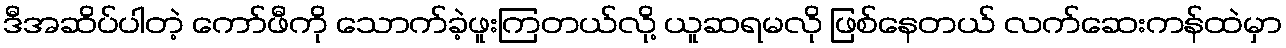
ဒီအဆိပ်ပါတဲ့ ကော်ဖီကို သောက်ခဲ့ဖူးကြတယ်လို့ ယူဆရမလို ဖြစ်နေတယ် လက်ဆေးကန်ထဲမှာ